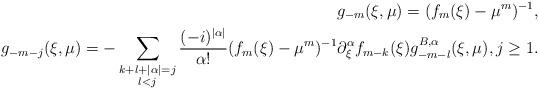
LaTeX: \begin{align*} g_{-m}(\xi,\mu) = (f_m(\xi)-\mu^m)^{-1} , \\ g_{-m-j}(\xi,\mu) = -\sum_{\substack{ k+l+|\alpha| = j \\ l<j }} \frac{(-i)^{|\alpha|}}{\alpha !} (f_m(\xi)-\mu^m)^{-1}\partial_\xi^\alpha f_{m-k}(\xi) g_{-m-l}^{B,\alpha}(\xi,\mu) , j\geq 1 .\end{align*}